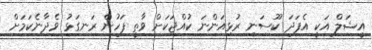
އީޝަލް އަކީ އެފަދަ ކޫސަނި ރުޅިއަންނަ ކުއްޖަކަށް ވާތީ ފަހުން ރަނގަޅު ވެދާނެކަމަށް